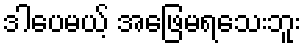
ဒါပေမယ့် အဖြေမရသေးဘူး